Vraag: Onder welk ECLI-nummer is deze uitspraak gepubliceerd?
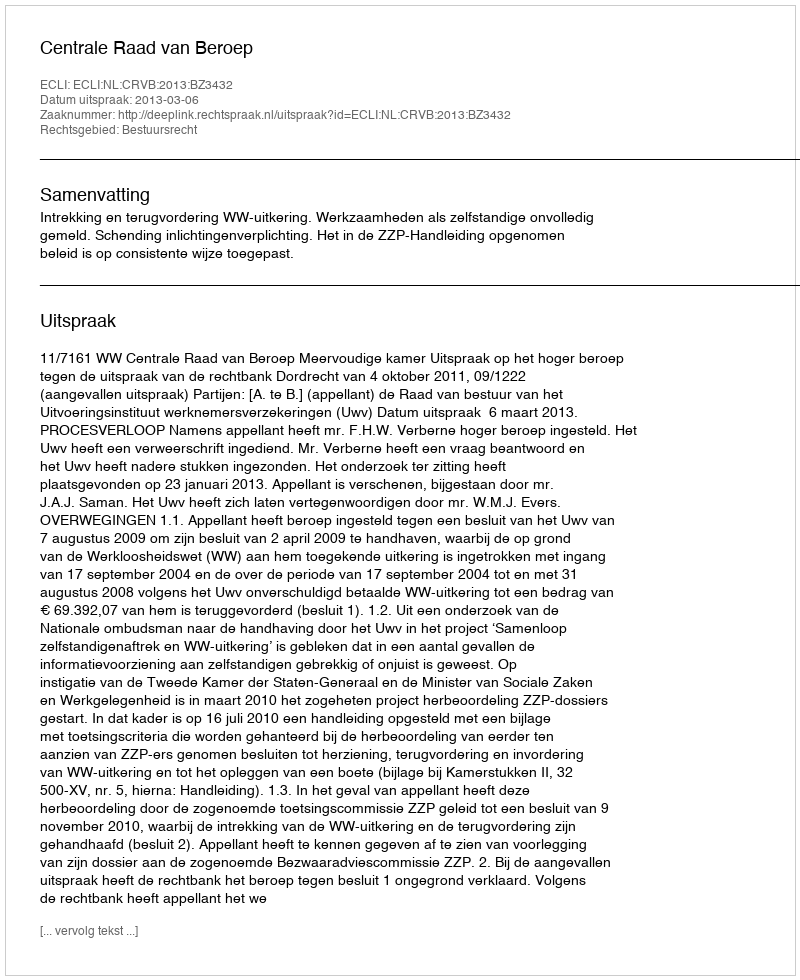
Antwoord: ECLI:NL:CRVB:2013:BZ3432